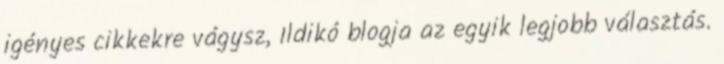
igényes cikkekre vágysz, Ildikó blogja az egyik legjobb választás.